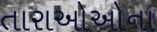
તારાઓઓના